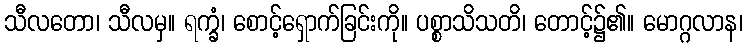
သီလတော၊ သီလမှ။ ရက္ခံ၊ စောင့်ရှောက်ခြင်းကို။ ပစ္စာသိသတိ၊ တောင့်၌၏။ မောဂ္ဂလာန၊